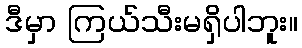
ဒီမှာ ကြယ်သီးမရှိပါဘူး။